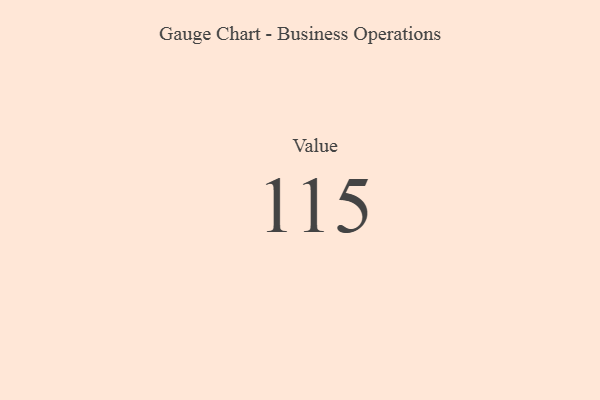
{"axis": {"x": "Metric", "y": "Value"}, "legend": [""], "data": [{"x": "Value", "y": 115, "type": ""}]}